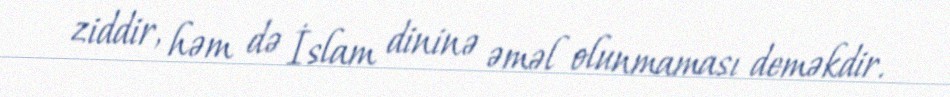
ziddir, həm də İslam dininə əməl olunmaması deməkdir.